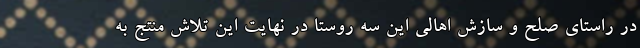
در راستای صلح و سازش اهالی این سه روستا در نهایت این تلاش منتج به